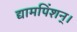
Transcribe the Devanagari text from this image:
द्यामपिंशन्।